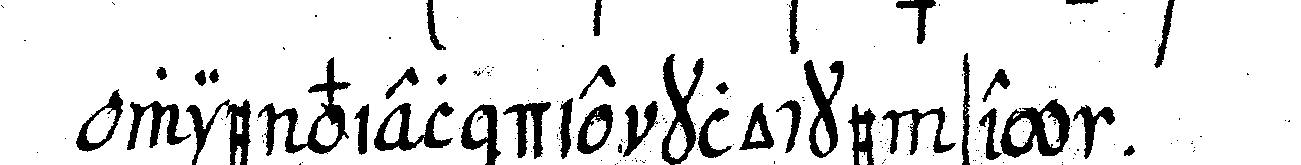
wie viel die klocke sey .